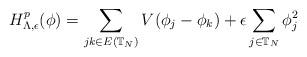
LaTeX: \begin{align*}H^p_{\Lambda, \epsilon}(\phi) = \sum_{jk \in E(\mathbb{T}_N)} V(\phi_j-\phi_k)+\epsilon\sum_{j \in \mathbb{T}_N} \phi_j^2\end{align*}